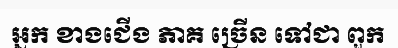
អ្នក ខាងជើង ភាគ ច្រើន ទៅជា ពួក